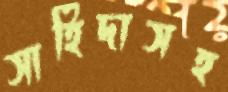
সাহিদাসহ